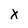
Character: X